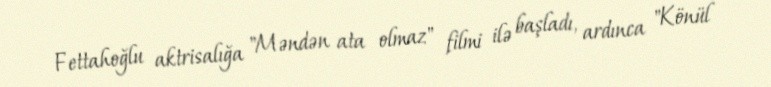
Fettahoğlu aktrisalığa "Məndən ata olmaz" filmi ilə başladı, ardınca "Könül